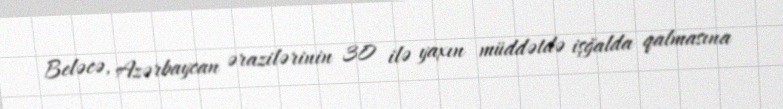
Beləcə, Azərbaycan ərazilərinin 30 ilə yaxın müddətdə işğalda qalmasına